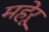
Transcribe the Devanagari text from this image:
महेरू